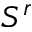
S ^ { r }